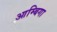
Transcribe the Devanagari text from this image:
आम्बिगा